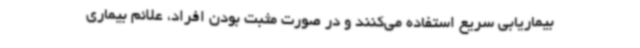
بیماریابی سریع استفاده می‌کنند و در صورت مثبت بودن افراد، علائم بیماری